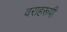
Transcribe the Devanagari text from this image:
वराहरूपी